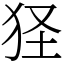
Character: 㹩